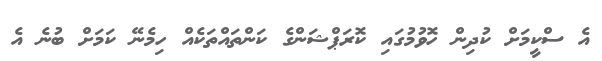
އެ ސްކީމަށް ކުދިން ހޮވުމުގައި ކޮރަޕްޝަންގެ ކަންތައްތަކެއް ހިމެނޭ ކަމަށް ބުނެ އެ